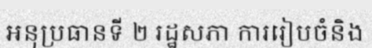
អនុប្រធានទី ២ រដ្ឋសភា ការរៀបចំនិង